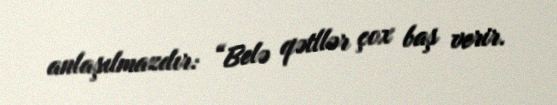
anlaşılmazdır: “Belə qətllər çox baş verir.